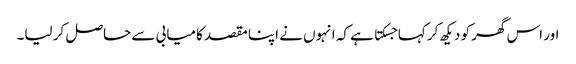
اور اس گھر کو دیکھ کر کہا جسکتا ہے کہ انہوں نے اپنا مقصد کامیابی سے حاصل کر لیا۔